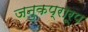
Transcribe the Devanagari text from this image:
जनुकप्रारूप